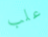
علب